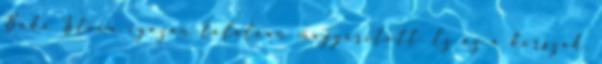
Baka István igazán találóan magyarított. Ez az a korszak,